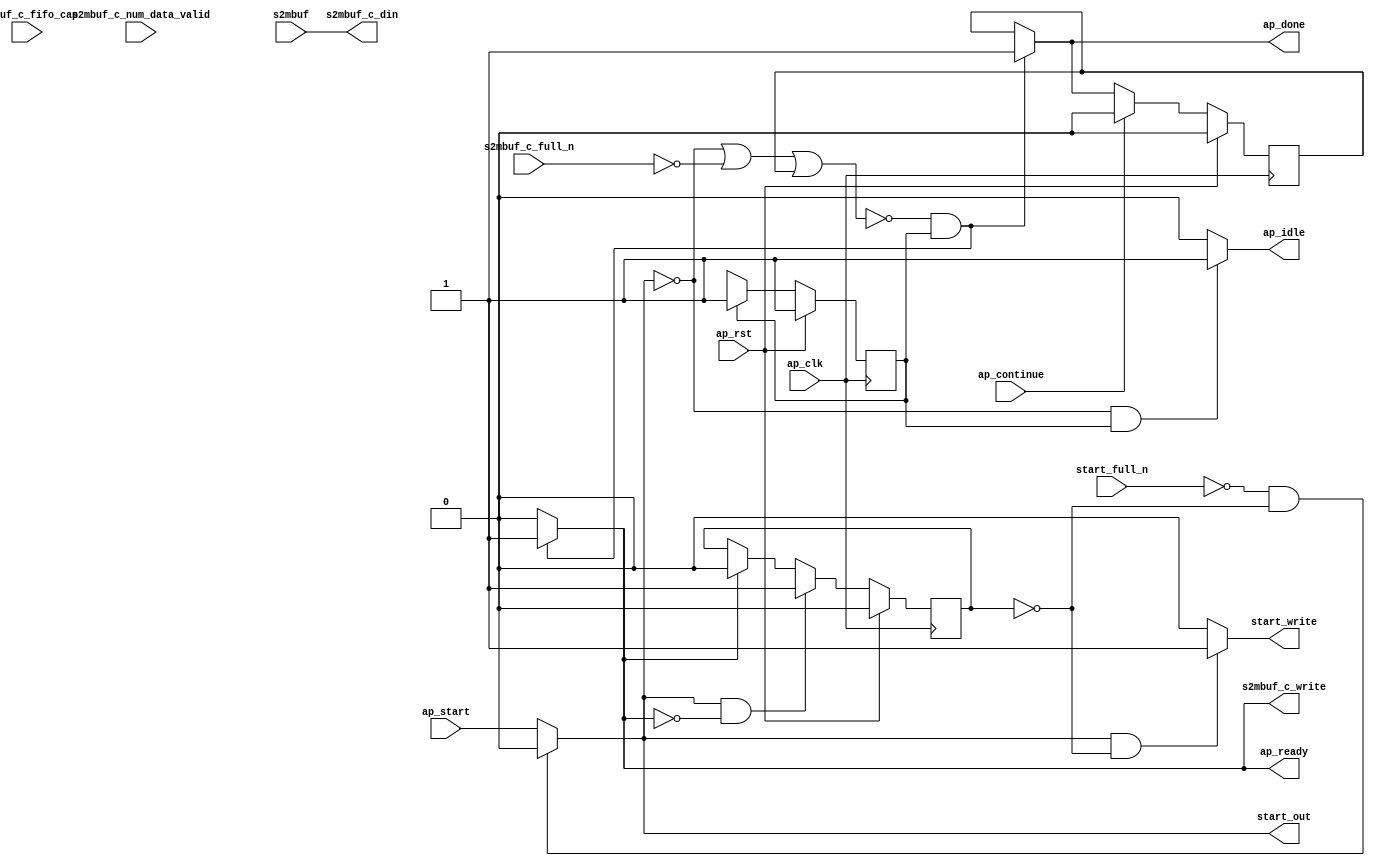
// ==============================================================
// Generated by Vitis HLS v2023.2
// Copyright 1986-2022 Xilinx, Inc. All Rights Reserved.
// Copyright 2022-2023 Advanced Micro Devices, Inc. All Rights Reserved.
// ==============================================================

`timescale 1 ns / 1 ps 

module userdma_entry_proc (
        ap_clk,
        ap_rst,
        ap_start,
        start_full_n,
        ap_done,
        ap_continue,
        ap_idle,
        ap_ready,
        start_out,
        start_write,
        s2mbuf,
        s2mbuf_c_din,
        s2mbuf_c_num_data_valid,
        s2mbuf_c_fifo_cap,
        s2mbuf_c_full_n,
        s2mbuf_c_write
);

parameter    ap_ST_fsm_state1 = 1'd1;

input   ap_clk;
input   ap_rst;
input   ap_start;
input   start_full_n;
output   ap_done;
input   ap_continue;
output   ap_idle;
output   ap_ready;
output   start_out;
output   start_write;
input  [63:0] s2mbuf;
output  [63:0] s2mbuf_c_din;
input  [2:0] s2mbuf_c_num_data_valid;
input  [2:0] s2mbuf_c_fifo_cap;
input   s2mbuf_c_full_n;
output   s2mbuf_c_write;

reg ap_done;
reg ap_idle;
reg start_write;
reg s2mbuf_c_write;

reg    real_start;
reg    start_once_reg;
reg    ap_done_reg;
(* fsm_encoding = "none" *) reg   [0:0] ap_CS_fsm;
wire    ap_CS_fsm_state1;
reg    internal_ap_ready;
reg    s2mbuf_c_blk_n;
reg    ap_block_state1;
reg   [0:0] ap_NS_fsm;
reg    ap_ST_fsm_state1_blk;
wire    ap_ce_reg;

// power-on initialization
initial begin
#0 start_once_reg = 1'b0;
#0 ap_done_reg = 1'b0;
#0 ap_CS_fsm = 1'd1;
end

always @ (posedge ap_clk) begin
    if (ap_rst == 1'b1) begin
        ap_CS_fsm <= ap_ST_fsm_state1;
    end else begin
        ap_CS_fsm <= ap_NS_fsm;
    end
end

always @ (posedge ap_clk) begin
    if (ap_rst == 1'b1) begin
        ap_done_reg <= 1'b0;
    end else begin
        if ((ap_continue == 1'b1)) begin
            ap_done_reg <= 1'b0;
        end else if (((1'b0 == ap_block_state1) & (1'b1 == ap_CS_fsm_state1))) begin
            ap_done_reg <= 1'b1;
        end
    end
end

always @ (posedge ap_clk) begin
    if (ap_rst == 1'b1) begin
        start_once_reg <= 1'b0;
    end else begin
        if (((real_start == 1'b1) & (internal_ap_ready == 1'b0))) begin
            start_once_reg <= 1'b1;
        end else if ((internal_ap_ready == 1'b1)) begin
            start_once_reg <= 1'b0;
        end
    end
end

always @ (*) begin
    if ((1'b1 == ap_block_state1)) begin
        ap_ST_fsm_state1_blk = 1'b1;
    end else begin
        ap_ST_fsm_state1_blk = 1'b0;
    end
end

always @ (*) begin
    if (((1'b0 == ap_block_state1) & (1'b1 == ap_CS_fsm_state1))) begin
        ap_done = 1'b1;
    end else begin
        ap_done = ap_done_reg;
    end
end

always @ (*) begin
    if (((real_start == 1'b0) & (1'b1 == ap_CS_fsm_state1))) begin
        ap_idle = 1'b1;
    end else begin
        ap_idle = 1'b0;
    end
end

always @ (*) begin
    if (((1'b0 == ap_block_state1) & (1'b1 == ap_CS_fsm_state1))) begin
        internal_ap_ready = 1'b1;
    end else begin
        internal_ap_ready = 1'b0;
    end
end

always @ (*) begin
    if (((start_full_n == 1'b0) & (start_once_reg == 1'b0))) begin
        real_start = 1'b0;
    end else begin
        real_start = ap_start;
    end
end

always @ (*) begin
    if ((~((real_start == 1'b0) | (ap_done_reg == 1'b1)) & (1'b1 == ap_CS_fsm_state1))) begin
        s2mbuf_c_blk_n = s2mbuf_c_full_n;
    end else begin
        s2mbuf_c_blk_n = 1'b1;
    end
end

always @ (*) begin
    if (((1'b0 == ap_block_state1) & (1'b1 == ap_CS_fsm_state1))) begin
        s2mbuf_c_write = 1'b1;
    end else begin
        s2mbuf_c_write = 1'b0;
    end
end

always @ (*) begin
    if (((real_start == 1'b1) & (start_once_reg == 1'b0))) begin
        start_write = 1'b1;
    end else begin
        start_write = 1'b0;
    end
end

always @ (*) begin
    case (ap_CS_fsm)
        ap_ST_fsm_state1 : begin
            ap_NS_fsm = ap_ST_fsm_state1;
        end
        default : begin
            ap_NS_fsm = 'bx;
        end
    endcase
end

assign ap_CS_fsm_state1 = ap_CS_fsm[32'd0];

always @ (*) begin
    ap_block_state1 = ((real_start == 1'b0) | (s2mbuf_c_full_n == 1'b0) | (ap_done_reg == 1'b1));
end

assign ap_ready = internal_ap_ready;

assign s2mbuf_c_din = s2mbuf;

assign start_out = real_start;

endmodule //userdma_entry_proc